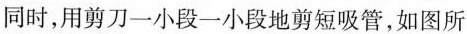
同时，用剪刀一小段一小段地剪短吸管，如图所